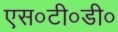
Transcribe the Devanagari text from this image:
एस०टी०डी०